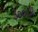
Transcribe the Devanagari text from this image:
३००८अ